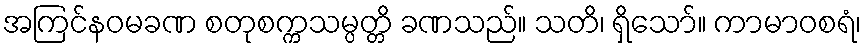
အကြင်နဝမခဏ စတုစက္ကသမ္ပတ္တိ ခဏသည်။ သတိ၊ ရှိသော်။ ကာမာဝစရံ၊